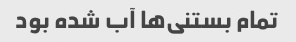
تمام بستنی‌ها آب شده بود